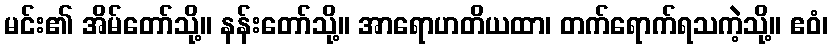
မင်း၏ အိမ်တော်သို့။ နန်းတော်သို့။ အာရောဟတိယထာ၊ တက်ရောက်ရသကဲ့သို့။ ဧဝံ၊